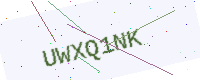
Text: UWXQ1NK